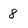
Character: 8